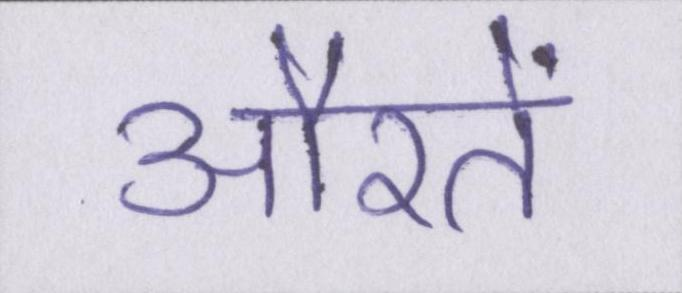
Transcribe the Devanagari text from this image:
औरतें